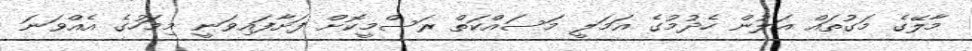
މާލޭގެ މަގުތައް އަލުން ހެދުމުގެ އަމަލީ މަަސައްކަތް ރަސްމީކޮށް ފަށާފައިވަނީ މިމަހުގެ އެއްވަނަ